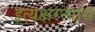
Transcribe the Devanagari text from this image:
इत्यक्षरन्यास